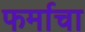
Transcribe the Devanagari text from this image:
फर्माचा